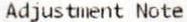
ADJUSTMENT NOTE